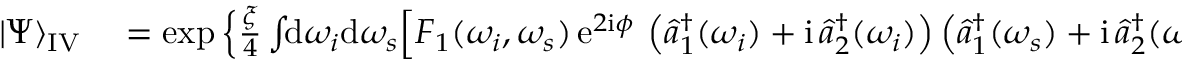
\begin{array} { r l } { | \Psi \rangle _ { \mathrm { I V } } } & { { } = \exp \Big \{ \frac { \xi } { 4 } \int \! \! \mathrm { d } \omega _ { i } \mathrm { d } \omega _ { s } \Big [ F _ { 1 } ( \omega _ { i } , \omega _ { s } ) \, \mathrm { e } ^ { 2 \mathrm { i } \phi } \, \left( \hat { a } _ { 1 } ^ { \dagger } ( \omega _ { i } ) + \mathrm { i } \, \hat { a } _ { 2 } ^ { \dagger } ( \omega _ { i } ) \right) \left( \hat { a } _ { 1 } ^ { \dagger } ( \omega _ { s } ) + \mathrm { i } \, \hat { a } _ { 2 } ^ { \dagger } ( \omega _ { s } ) \right) } \end{array}